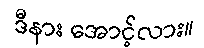
ဒီနား အောင့်လား။